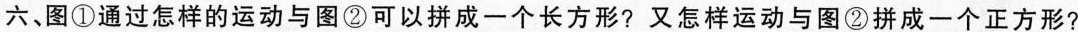
六、图①通过怎样的运动与图②可以拼成一个长方形?又怎样运动与图②拼成一个正方形?